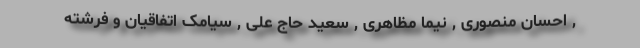
, احسان منصوری , نیما مظاهری , سعید حاج علی , سیامک اتفاقیان و فرشته